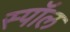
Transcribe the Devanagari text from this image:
स्पॉल